Annual administration and progress report of the Indian Medical Department, Bombay
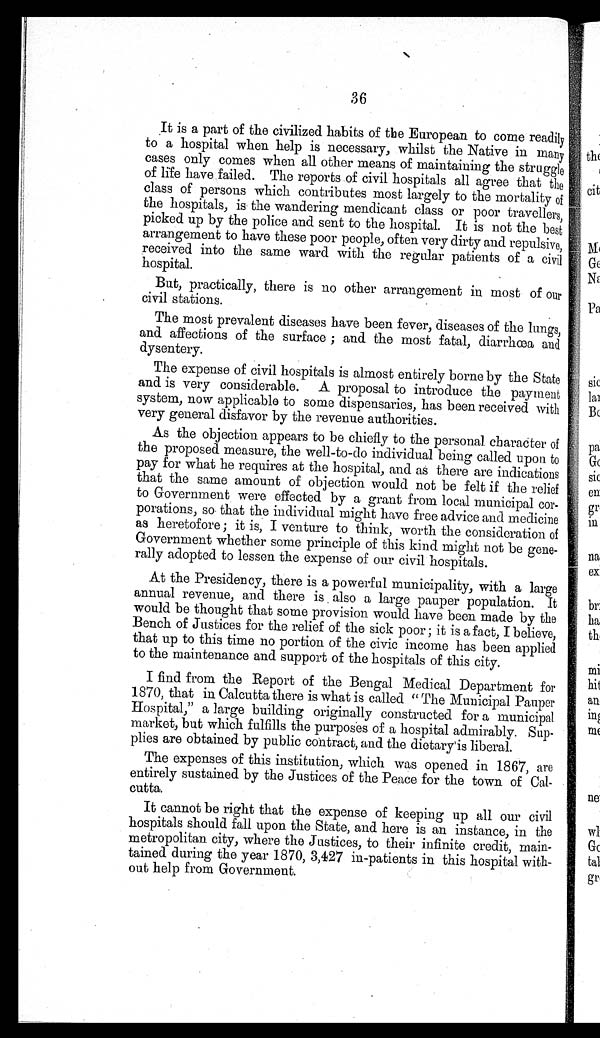
36
It is a part of the civilized habits of the European to come readily
to a hospital when help is necessary, whilst the Native in many
cases only comes when all other means of maintaining the struggle
of life have failed. The reports of civil hospitals all agree that the
class of persons which contributes most largely to the mortality of
the hospitals, is the wandering mendicant class or poor travellers,
picked up by the police and sent to the hospital. It is not the best
arrangement to have these poor people, often very dirty and repulsive,
received into the same ward with the regular patients of a civil
hospital.
But, practically, there is no other arrangement in most of our
civil stations.
The most prevalent diseases have been fever, diseases of the lungs,
and affections of the surface ; and the most fatal, diarrhœa and
dysentery.
The expense of civil hospitals is almost entirely borne by the State
and is very considerable. A proposal to introduce the payment
system, now applicable to some dispensaries, has been received with
very general disfavor by the revenue authorities.
As the objection appears to be chiefly to the personal character of
the proposed measure, the well-to-do individual being called upon to
pay for what he requires at the hospital, and as there are indications
that the same amount of objection would not be felt if the relief
to Government were effected by a grant from local municipal cor-
p orations, so that the individual might have free advice and medicine
as heretofore ; it is, I venture to think, worth the consideration of
Government whether some principle of this kind might not be gene-
rally adopted to lessen the expense of our civil hospitals.
At the Presidency, there is a powerful municipality, with a large
annual revenue, and there is also a large pauper population. It
would be thought that some provision would have been made by the
Bench of Justices for the relief of the sick poor ; it is a fact, I believe,
that up to this time no portion of the civic income has been applied
to the maintenance and support of the hospitals of this city.
I find from the Report of the Bengal Medical Department for
1870, that in Calcutta there is what is called "The Municipal Pauper
Hospital," a large building originally constructed for a municipal
market, but which fulfills the purposes of a hospital admirably. Sup-
plies are obtained by public contract, and the dietary is liberal.
The expenses of this institution, which was opened in 1867, are
entirely sustained by the Justices of the Peace for the town of Cal-
cutta.
It cannot be right that the expense of keeping up all our civil
hospitals should fall upon the State, and here is an instance, in the
metropolitan city, where the Justices, to their infinite credit, main-
tained during the year 1870, 3,427 in-patients in this hospital with-
out help from Government.